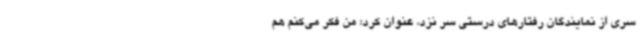
سری از نمایندگان رفتارهای درستی سر نزد، عنوان کرد: من فکر می‌کنم هم